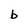
Character: b